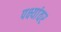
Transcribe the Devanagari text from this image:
पक्ष्यांवर